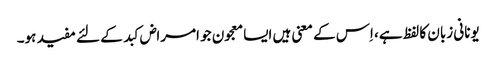
یونانی زبان کا لفظ ہے، اِس کے معنی ہیں ایسا معجون جو امراض کبد کے لئے مفید ہو۔